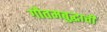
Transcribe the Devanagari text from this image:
गौतमबुद्धाची